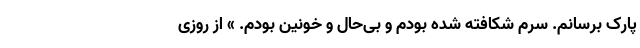
پارک برسانم. سرم شکافته شده بودم و بی‌حال و خونین بودم. » از روزی